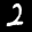
Label: 2